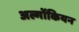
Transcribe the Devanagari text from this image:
अल्गोंकियन